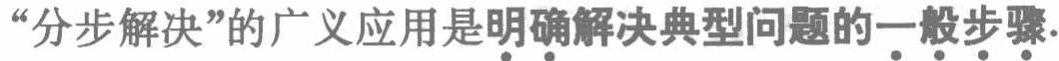
“分步解决”的广义应用是明\(确\)解决典型问题的一\(般\)步\(骤\).